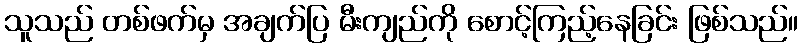
သူသည် တစ်ဖက်မှ အချက်ပြ မီးကျည်ကို စောင့်ကြည့်နေခြင်း ဖြစ်သည်။